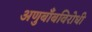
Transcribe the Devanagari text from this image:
अणुबाँबविरोधी